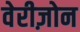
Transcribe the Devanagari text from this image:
वेरीज़ोन